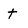
Character: t